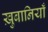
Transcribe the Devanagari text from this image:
ख़ुबानियाँ